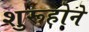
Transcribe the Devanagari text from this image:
शुरूहोने